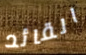
القائد